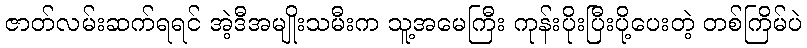
ဇာတ်လမ်းဆက်ရရင် အဲ့ဒီအမျိုးသမီးက သူ့အမေကြီး ကုန်းပိုးပြီးပို့ပေးတဲ့ တစ်ကြိမ်ပဲ